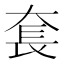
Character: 𡘷